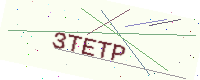
Text: 3TETP